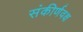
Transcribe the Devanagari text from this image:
संकीर्णवक्ष